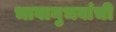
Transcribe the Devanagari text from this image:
भावानुभवांची